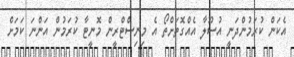
އެކަން ކުރަމުންދަނީ އުސޫލާ އެއްގޮތަށްތޯ އެ މިނިސްޓްރީން މޮނީޓާ ކުރަމުން އަންނަ ކަމަށް